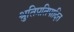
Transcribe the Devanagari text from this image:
श्रुतिप्रतिपादित